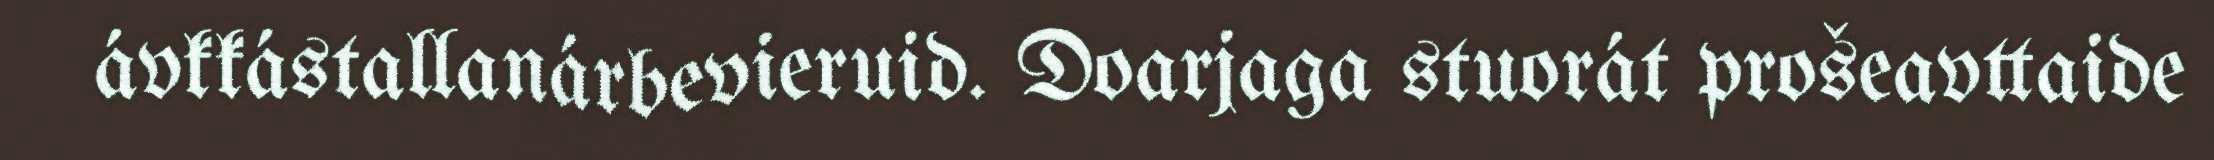
ávkkástallanárbevieruid. Doarjaga stuorát prošeavttaide